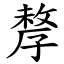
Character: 孷